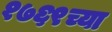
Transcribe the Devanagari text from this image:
१७६९च्या